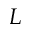
L